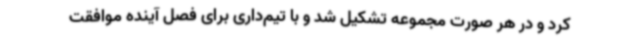
کرد و در هر صورت مجموعه تشکیل شد و با تیم‌داری برای فصل آینده موافقت